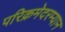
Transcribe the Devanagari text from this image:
परिक्रमेदरम्यान